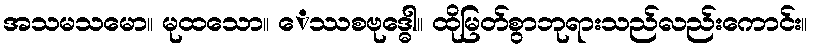
အသမသမော။ မုထသော။ ေဿစဗုဒ္ဓေါ။ ထိုမြတ်စွာဘုရားသည်လည်းကောင်း။